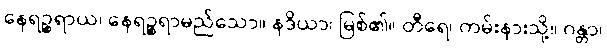
နေရဉ္စရာယ၊ နေရဉ္စရာမည်သော။ နဒိယာ၊ မြစ်၏။ တီရေ၊ ကမ်းနားသို့။ ဂန္တာ၊